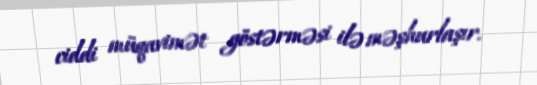
ciddi müqavimət göstərməsi ilə məşhurlaşır.